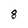
Character: 8